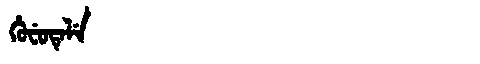
Manchu: ᡥᡠᠸᡠᡨᡝᠯᡝ
Romanization: HUFUTELE